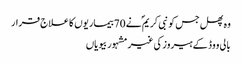
وہ پھل جس کو نبی کریم ؐ نے 70بیماریوں کا علاج قرار
بالی ووڈ کے ہیروز کی غیر مشہور بیویاں